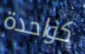
كواحدة